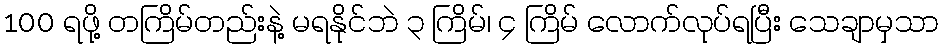
100 ရဖို့ တကြိမ်တည်းနဲ့ မရနိုင်ဘဲ ၃ ကြိမ်၊ ၄ ကြိမ် လောက်လုပ်ရပြီး သေချာမှသာ